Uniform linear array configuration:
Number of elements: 64
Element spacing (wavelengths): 0.25
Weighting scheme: uniform
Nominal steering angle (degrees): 0
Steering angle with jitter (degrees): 1.258
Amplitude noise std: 0.05
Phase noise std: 0.05

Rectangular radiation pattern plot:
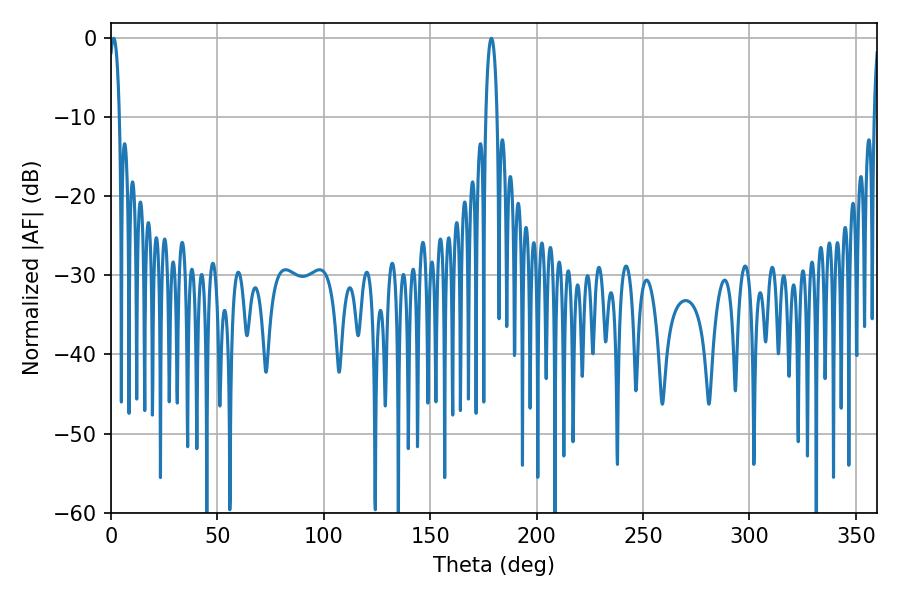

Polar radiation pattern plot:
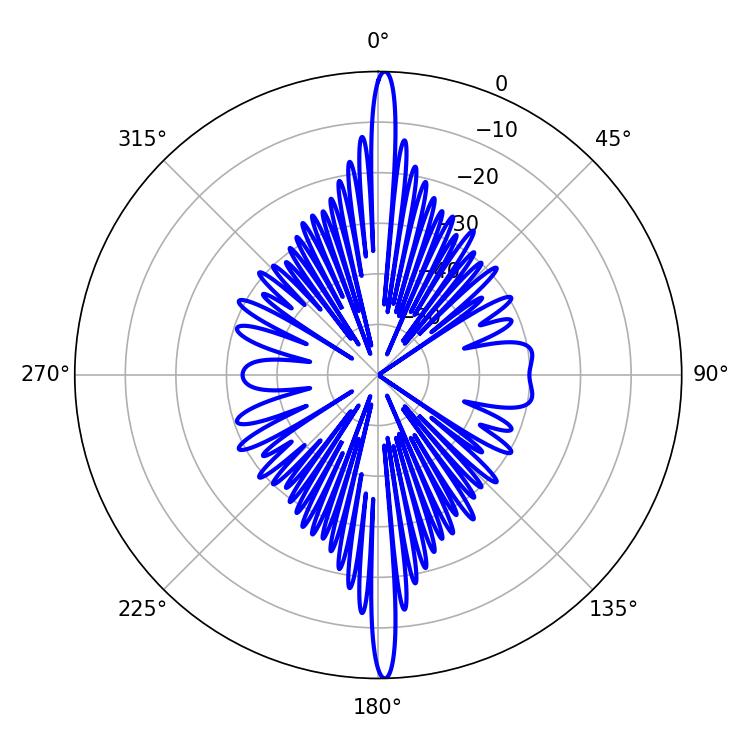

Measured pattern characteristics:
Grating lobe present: FALSE
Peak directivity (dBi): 28.279
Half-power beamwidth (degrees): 2.7
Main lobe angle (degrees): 1.26